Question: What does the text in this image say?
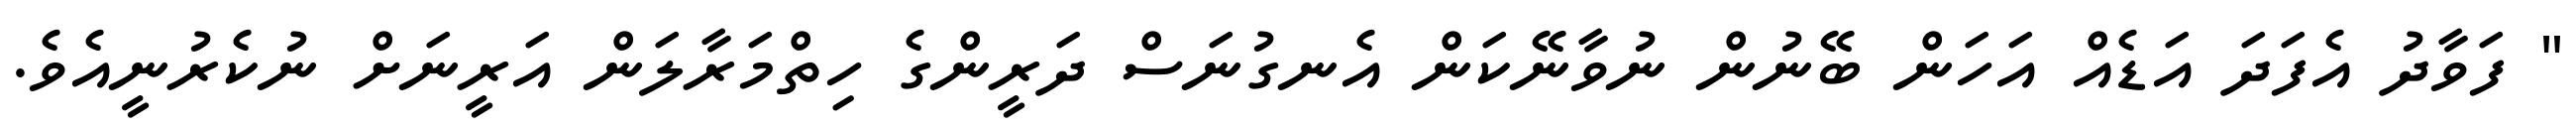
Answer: " ފަވާދު އެފަދަ އަޑެއް އަހަން ބޭނުން ނުވާނޭކަން އެނގުނަސް ދަރީންގެ ހިތްމަރާލަން އަރީނަށް ނުކެރުނީއެވެ.